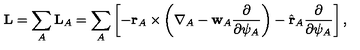
{ \bf L } = \sum _ { A } { \bf L } _ { A } = \sum _ { A } \left[ - { \bf r } _ { A } \times \left( { \bf \nabla } _ { A } - { \bf w } _ { A } \frac { \partial } { \partial \psi _ { A } } \right) - \hat { \bf r } _ { A } \frac { \partial } { \partial \psi _ { A } } \right] ,